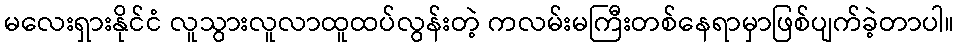
မလေးရှားနိုင်ငံ လူသွားလူလာထူထပ်လွန်းတဲ့ ကလမ်းမကြီးတစ်နေရာမှာဖြစ်ပျက်ခဲ့တာပါ။